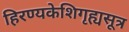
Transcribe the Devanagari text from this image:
हिरण्यकेशिगृह्यसूत्र